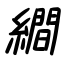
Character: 繝